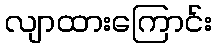
လျာထားကြောင်း